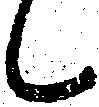
々